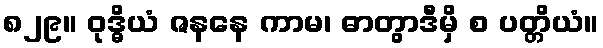
၈၂၉။ ဝုဒ္ဓိယံ ဇနနေ ကာမ၊ ဓာတွာဒီမှိ စ ပတ္တိယံ။